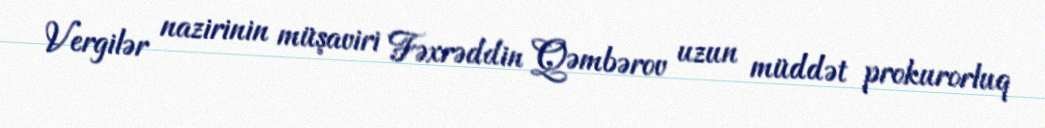
Vergilər nazirinin müşaviri Fəxrəddin Qəmbərov uzun müddət prokurorluq